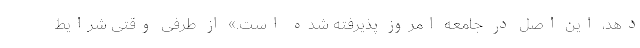
دهد، این اصل در جامعه امروز پذیرفته شده است.» از طرفی وقتی شرایط